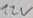
Text: 12V